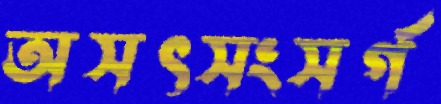
অসৎসংসর্গ